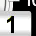
Digit: 1